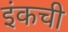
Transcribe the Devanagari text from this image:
इंकची